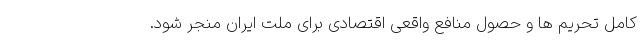
کامل تحریم ها و حصول منافع واقعی اقتصادی برای ملت ایران منجر شود.